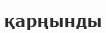
қарңынды